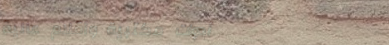
أدوات مكتبية وأقلام عالية